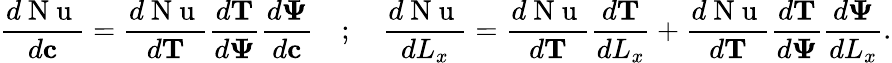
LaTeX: \frac{d\mathrm{~N~u~}}{d\mathbf{c}}=\frac{d\mathrm{~N~u~}}{d\mathbf{T}}\frac{d\mathbf{T}}{d\mathbf{\Psi}}\frac{d\mathbf{\Psi}}{d\mathbf{c}}\quad;\quad\frac{d\mathrm{~N~u~}}{dL_{x}}=\frac{d\mathrm{~N~u~}}{d\mathbf{T}}\frac{d\mathbf{T}}{dL_{x}}+\frac{d\mathrm{~N~u~}}{d\mathbf{T}}\frac{d\mathbf{T}}{d\mathbf{\Psi}}\frac{d\mathbf{\Psi}}{dL_{x}}.